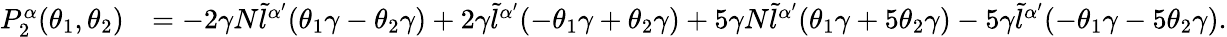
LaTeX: \begin{array}{rl}{P_{2}^{\alpha}(\theta_{1},\theta_{2})}&{=-2\gamma N\tilde{l}^{\alpha{'}}(\theta_{1}\gamma-\theta_{2}\gamma)+2\gamma\tilde{l}^{\alpha{'}}(-\theta_{1}\gamma+\theta_{2}\gamma)+5\gamma N\tilde{l}^{\alpha{'}}(\theta_{1}\gamma+5\theta_{2}\gamma)-5\gamma\tilde{l}^{\alpha{'}}(-\theta_{1}\gamma-5\theta_{2}\gamma).}\end{array}